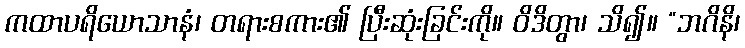
ကထာပရိယောသာနံ၊ တရားစကား၏ ပြီးဆုံးခြင်းကို။ ဝိဒိတွာ၊ သိ၍။ “ဘဂိနိ၊